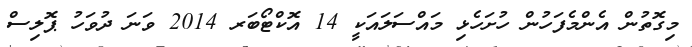
މިގޮތުން އެންމެފަހުން ހުށަހެޅި މައްސަލައަކީ 14 އޮކްޓޯބަރ 2014 ވަނަ ދުވަހު ޕޮލިސް